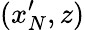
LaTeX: (x_{N}^{\prime},z)